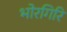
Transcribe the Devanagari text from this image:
भोरगिरि